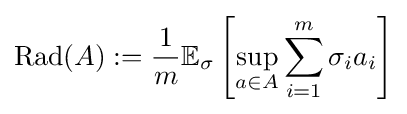
\operatorname {Rad} (A):={\frac {1}{m}}\mathbb {E} _{\sigma }\left[\sup _{a\in A}\sum _{i=1}^{m}\sigma _{i}a_{i}\right]